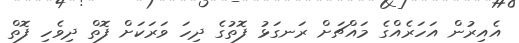
އެއިރުން އަހަރެއްގެ މައްޗަށް ރަނގަޅު ފޮތުގެ ދިހަ ވަރަކަށް ފޮތް ދިވެހި ފޮތް